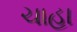
ચાહા